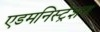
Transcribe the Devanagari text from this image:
एडमनिस्ट्रेशन